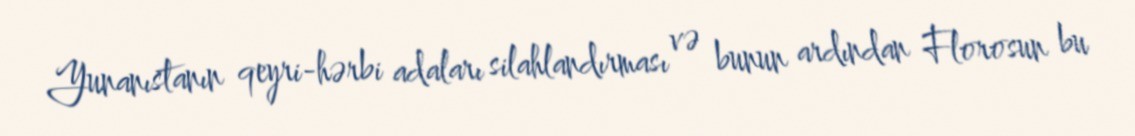
Yunanıstanın qeyri-hərbi adaları silahlandırması və bunun ardından Florosun bu